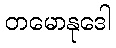
တမောနုဒေါ